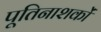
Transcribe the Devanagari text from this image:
पूतिनाशकों